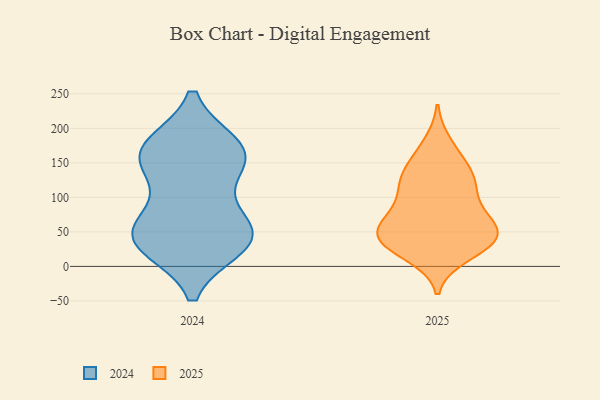
{"axis": {"x": "Humidity (%)", "y": "Value"}, "legend": ["2024", "2025"], "data": [{"x": "", "y": 175, "type": "2024"}, {"x": "", "y": 159, "type": "2024"}, {"x": "", "y": 73, "type": "2024"}, {"x": "", "y": 43, "type": "2024"}, {"x": "", "y": 65, "type": "2024"}, {"x": "", "y": 37, "type": "2024"}, {"x": "", "y": 142, "type": "2024"}, {"x": "", "y": 29, "type": "2024"}, {"x": "", "y": 172, "type": "2024"}, {"x": "", "y": 40, "type": "2024"}, {"x": "", "y": 34, "type": "2024"}, {"x": "", "y": 174, "type": "2024"}, {"x": "", "y": 145, "type": "2024"}, {"x": "", "y": 160, "type": "2025"}, {"x": "", "y": 71, "type": "2025"}, {"x": "", "y": 124, "type": "2025"}, {"x": "", "y": 38, "type": "2025"}, {"x": "", "y": 85, "type": "2025"}, {"x": "", "y": 65, "type": "2025"}, {"x": "", "y": 41, "type": "2025"}, {"x": "", "y": 45, "type": "2025"}, {"x": "", "y": 38, "type": "2025"}, {"x": "", "y": 120, "type": "2025"}, {"x": "", "y": 67, "type": "2025"}, {"x": "", "y": 107, "type": "2025"}, {"x": "", "y": 17, "type": "2025"}, {"x": "", "y": 136, "type": "2025"}, {"x": "", "y": 177, "type": "2025"}, {"x": "", "y": 129, "type": "2025"}, {"x": "", "y": 26, "type": "2025"}, {"x": "", "y": 49, "type": "2025"}, {"x": "", "y": 36, "type": "2025"}]}